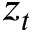
z _ { t }